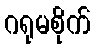
ဂရုမစိုက်